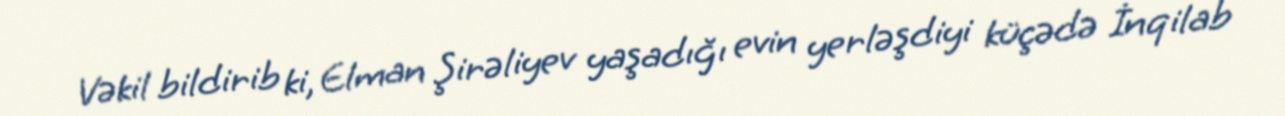
Vəkil bildirib ki, Elman Şirəliyev yaşadığı evin yerləşdiyi küçədə İnqilab